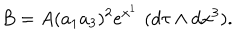
B = A ( a _ { 1 } a _ { 3 } ) ^ { 2 } e ^ { x ^ { 1 } } \, \, ( d \tau \wedge d x ^ { 3 } ) .